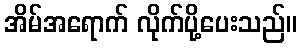
အိမ်အရောက် လိုက်ပို့ပေးသည်။